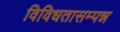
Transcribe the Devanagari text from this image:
विविधतासम्पन्न